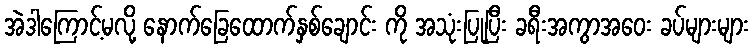
အဲဒါကြောင့်မလို့ နောက်ခြေထောက်နှစ်ချောင်း ကို အသုံးပြုပြီး ခရီးအကွာအဝေး ခပ်များများ